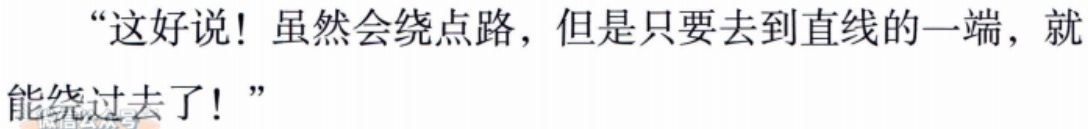
“这好说！虽然会绕点路，但是只要去到直线的一端，就能绕过去了！”